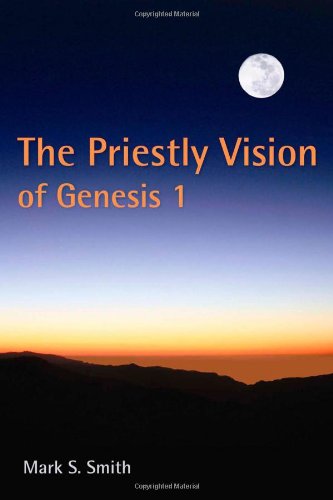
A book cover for The Priestly Vision of Genesis I; Mark S. Smith; Christian Books & Bibles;